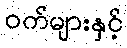
ဝက်များနှင့်